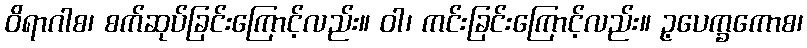
ဝိရာဂါစ၊ စက်ဆုပ်ခြင်းကြောင့်လည်း။ ဝါ၊ ကင်းခြင်းကြောင့်လည်း။ ဥ့ပေက္ခကောစ၊